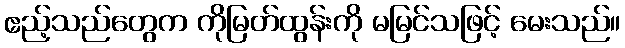
ဧည့်သည်တွေက ကိုမြတ်ထွန်းကို မမြင်သဖြင့် မေးသည်။